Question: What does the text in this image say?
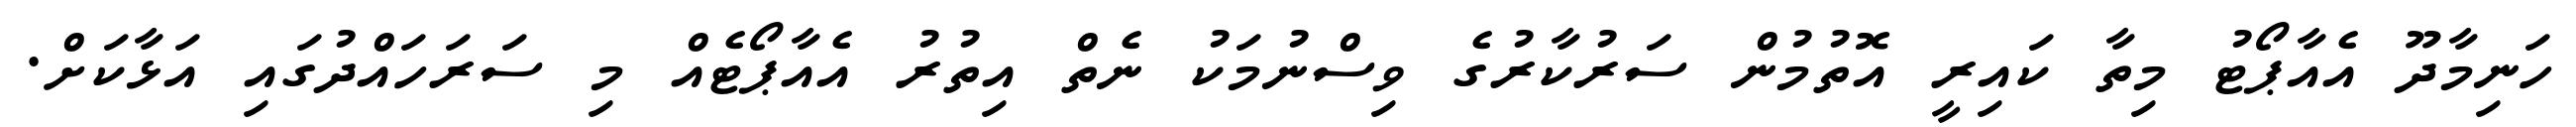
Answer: ހަނިމާދޫ އެއާޕޯޓު މިތާ ކައިރީ އޮތުމުން ސަރުކާރުގެ ވިސްނުމަކު ނެތް އިތުރު އެއާޕޯޓެއް މި ސަރަހައްދުގައި އަޅާކަށް.